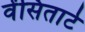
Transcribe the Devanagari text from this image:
वेंसितार्ट